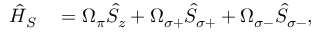
\begin{array} { r l } { \hat { H } _ { S } } & { { } = \Omega _ { \pi } \hat { S } _ { z } + \Omega _ { \sigma + } \hat { S } _ { \sigma + } + \Omega _ { \sigma - } \hat { S } _ { \sigma - } , } \end{array}